Civil Veterinary Dept. Bombay admin report 1914-1922 - 1914-1922
Year: 1914
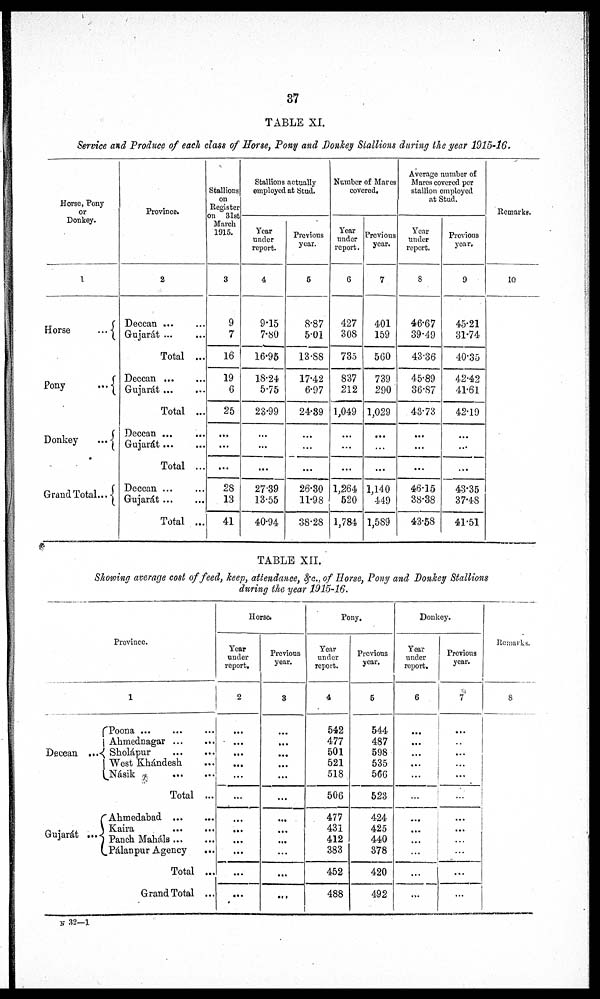
37
TABLE XI.
Service and Produce of each class of Horse, Pony and Donkey Stallions during the year 1915-16.
Horse, Pony
or
Donkey.
1
Horse
...
Pony
...
Donkey
...
Grand Total ...
Province.
2
Deccan ... ...
Gujarát ... ...
Total ...
Deccan ... ...
Gujarát ... ...
Total ...
Deccan ... ...
Gujarát ... ...
Total ...
Deccan ... ...
Gujarát ... ...
Total ...
Stallions
on
Register
on 31st
March
1915.
3
9
7
16
19
6
25
...
...
...
28
13
41
Stallions actually
employed at Stud.
Year
under
report.
4
9.15
7.80
16.95
18.24
5.75
23.99
...
...
...
27.39
13.55
40.94
Previous
year.
5
8.87
5.01
13.88
17.42
6.97
24.39
...
...
...
26.30
11.98
38.28
Number of Mares
covered.
Year
under
report.
6
427
308
735
837
212
1,049
...
...
...
1,264
520
1,784
Previous
year.
7
401
159
560
739
290
1,029
...
...
...
1,140
449
1,589
Average number of
Mares covered per
stallion employed
at Stud.
Year
under
report.
8
46.67
39.49
43.36
45.89
36.87
43.73
...
...
...
46.15
38.38
43.58
Previous
year.
9
45.21
31.74
40.35
42.42
41.61
42.19
...
...
...
43.35
37.48
41.51
Remarks.
10
TABLE XII.
Showing average cost of feed, keep, attendance, &c., of Horse, Pony and Donkey Stallions
during the year 1915-16.
Province.
1
Deccan ...
Poona . ... ... ...
Ahmednagar ... ...
Sholápur ... ...
West Khándesh ...
Násik ... ...
Total ...
Gujarát ...
Ahmedabad ... ...
Kaira ... ...
Panch Maháls ... ...
Pálanpur Agency ...
Total ...
Grand Total ...
Horse.
Year
under
report.
2
...
...
...
...
...
...
...
...
...
...
...
...
Previous
year.
3
...
...
...
...
...
...
...
...
...
...
...
...
Pony.
Year
under
report.
4
542
477
501
521
518
506
477
431
412
383
452
488
Previous
year.
5
544
487
598
535
566
523
424
425
440
378
420
492
Donkey.
Year
under
report.
6
...
...
...
...
...
...
...
...
...
...
...
...
Previous
year.
7
...
...
...
...
...
...
...
...
...
...
...
...
Remarks.
8
N 32—1